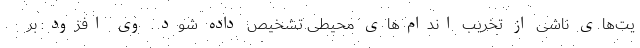
یت‌های ناشی از تخریب اندام‌های محیطی تشخیص داده شود. وی افزود: بر